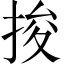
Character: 捘